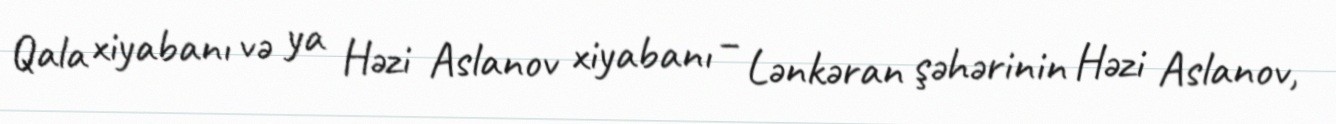
Qala xiyabanı və ya Həzi Aslanov xiyabanı – Lənkəran şəhərinin Həzi Aslanov,